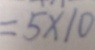
= 5 \times 1 0